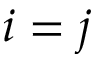
i = j